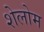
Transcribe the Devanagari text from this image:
शेलोम